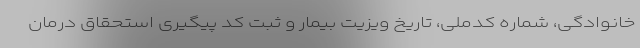
خانوادگی، شماره کدملی، تاریخ ویزیت بیمار و ثبت کد پیگیری استحقاق درمان